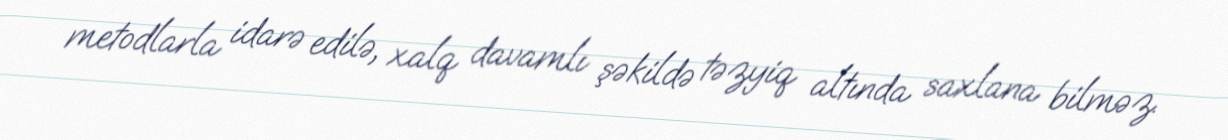
metodlarla idarə edilə, xalq davamlı şəkildə təzyiq altında saxlana bilməz.